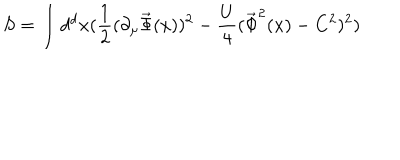
LaTeX: S = \int d ^ { d } x ( \frac { 1 } { 2 } ( \partial _ { \mu } \vec { \Phi } ( x ) ) ^ { 2 } - \frac { U } { 4 } ( \vec { \Phi } ^ { 2 } ( x ) - C ^ { 2 } ) ^ { 2 } )